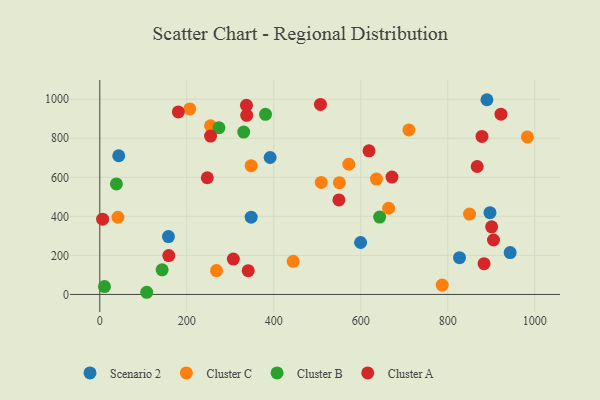
{"axis": {"x": "Study Hours", "y": "Profit"}, "legend": ["Cluster A", "Cluster B", "Cluster C", "Scenario 2"], "data": [{"x": "348.0", "y": 395.9, "type": "Scenario 2"}, {"x": "157.8", "y": 296.3, "type": "Scenario 2"}, {"x": "890.0", "y": 997.3, "type": "Scenario 2"}, {"x": "827.0", "y": 188.5, "type": "Scenario 2"}, {"x": "43.5", "y": 710.4, "type": "Scenario 2"}, {"x": "943.4", "y": 214.2, "type": "Scenario 2"}, {"x": "391.6", "y": 701.4, "type": "Scenario 2"}, {"x": "599.6", "y": 266.0, "type": "Scenario 2"}, {"x": "897.0", "y": 418.8, "type": "Scenario 2"}, {"x": "206.8", "y": 950.2, "type": "Cluster C"}, {"x": "444.6", "y": 169.7, "type": "Cluster C"}, {"x": "572.5", "y": 666.7, "type": "Cluster C"}, {"x": "41.7", "y": 395.4, "type": "Cluster C"}, {"x": "787.2", "y": 48.0, "type": "Cluster C"}, {"x": "348.0", "y": 659.7, "type": "Cluster C"}, {"x": "636.0", "y": 590.7, "type": "Cluster C"}, {"x": "268.3", "y": 122.2, "type": "Cluster C"}, {"x": "254.5", "y": 863.9, "type": "Cluster C"}, {"x": "710.6", "y": 842.7, "type": "Cluster C"}, {"x": "550.8", "y": 572.5, "type": "Cluster C"}, {"x": "850.0", "y": 411.4, "type": "Cluster C"}, {"x": "664.0", "y": 441.4, "type": "Cluster C"}, {"x": "509.1", "y": 573.7, "type": "Cluster C"}, {"x": "983.0", "y": 807.0, "type": "Cluster C"}, {"x": "643.4", "y": 396.4, "type": "Cluster B"}, {"x": "38.2", "y": 565.9, "type": "Cluster B"}, {"x": "381.0", "y": 922.6, "type": "Cluster B"}, {"x": "330.8", "y": 831.6, "type": "Cluster B"}, {"x": "143.3", "y": 126.0, "type": "Cluster B"}, {"x": "107.9", "y": 11.1, "type": "Cluster B"}, {"x": "10.7", "y": 40.3, "type": "Cluster B"}, {"x": "273.9", "y": 853.8, "type": "Cluster B"}, {"x": "671.7", "y": 600.9, "type": "Cluster A"}, {"x": "337.8", "y": 917.6, "type": "Cluster A"}, {"x": "307.0", "y": 181.3, "type": "Cluster A"}, {"x": "6.5", "y": 385.5, "type": "Cluster A"}, {"x": "878.6", "y": 809.1, "type": "Cluster A"}, {"x": "867.6", "y": 655.3, "type": "Cluster A"}, {"x": "180.6", "y": 934.7, "type": "Cluster A"}, {"x": "900.8", "y": 346.4, "type": "Cluster A"}, {"x": "507.3", "y": 973.1, "type": "Cluster A"}, {"x": "254.6", "y": 810.9, "type": "Cluster A"}, {"x": "158.6", "y": 199.3, "type": "Cluster A"}, {"x": "247.1", "y": 597.6, "type": "Cluster A"}, {"x": "341.2", "y": 121.6, "type": "Cluster A"}, {"x": "618.9", "y": 735.7, "type": "Cluster A"}, {"x": "549.7", "y": 483.9, "type": "Cluster A"}, {"x": "922.3", "y": 923.2, "type": "Cluster A"}, {"x": "337.2", "y": 968.7, "type": "Cluster A"}, {"x": "883.4", "y": 157.4, "type": "Cluster A"}, {"x": "905.1", "y": 278.8, "type": "Cluster A"}]}